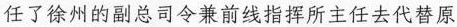
任了徐州的副总司令兼前线指挥所主任去代替原